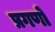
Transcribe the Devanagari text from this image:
प्रगणों